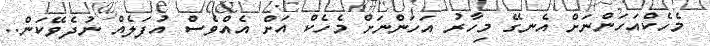
މެހެކްއަހަންނަށް އެނގޭ މިހާރު އަހަންނަށް މެހެކް އަށް އެއްވެސް އުފަލެއް ނުދެވޭކަން..